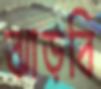
ঝাড়বি